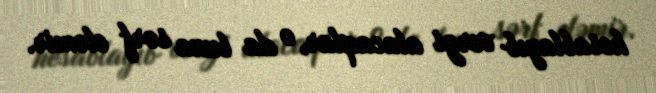
hesablayıb vergi alacaqlar, o da buna sərf eləmir.